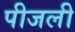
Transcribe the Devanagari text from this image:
पीजली